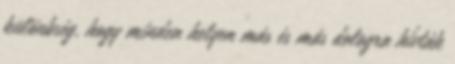
különbség, hogy minden helyen más és más dologra hívták